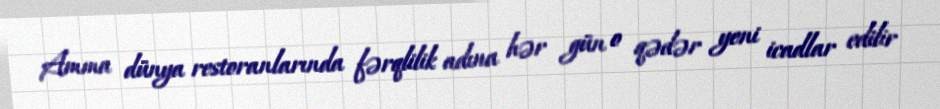
Amma dünya restoranlarında fərqlilik adına hər gün o qədər yeni icadlar edilir